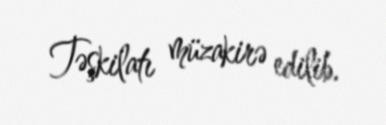
Təşkilatı müzakirə edilib.